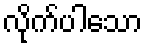
လိုက်ပါသော